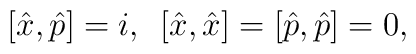
[\hat{x},\hat{p}]=i , \enskip [\hat{x}, \hat{x}]=[\hat{p}, \hat{p}]=0 ,